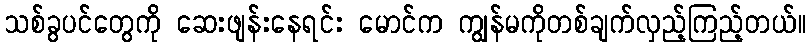
သစ်ခွပင်တွေကို ဆေးဖျန်းနေရင်း မောင်က ကျွန်မကိုတစ်ချက်လှည့်ကြည့်တယ်။